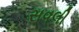
સવલી